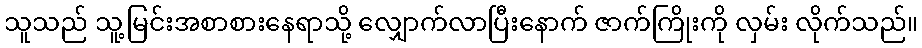
သူသည် သူ့မြင်းအစာစားနေရာသို့ လျှောက်လာပြီးနောက် ဇာက်ကြိုးကို လှမ်း လိုက်သည်။